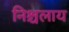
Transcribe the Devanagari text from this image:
निश्चलाय